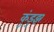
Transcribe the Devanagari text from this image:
कुंडुझ